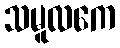
သမူလကေ